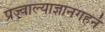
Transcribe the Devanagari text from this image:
प्रज्वाल्याज्ञानगहनं